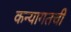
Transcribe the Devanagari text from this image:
कन्यागतची